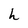
Character: h